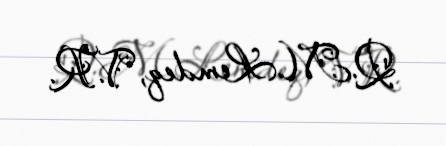
Q.M.Lemdeq, V.R.